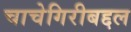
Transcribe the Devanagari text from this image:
चाचेगिरीबद्दल